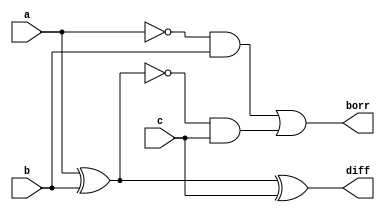
module full_sub_data(a,b,c,diff,borr);
input a,b,c;
output diff,borr;
assign diff = a ^ b ^c;
assign borr = ((~a)&b) | ((~(a^b))&c);
endmodule
/////////////////////////////////////////////////////////////////////////////////
///////// TEST BENCH ///////////////////////////////////////////////////////////
module full_sub_data_tb();
reg a,b,c;
wire diff,borr;
full_sub_data g2(a,b,c,diff,borr);
initial
	begin
		a=0;b=0;c=0;
#10	a=0;b=0;c=1;
#10	a=0;b=1;c=0;
#10	a=0;b=1;c=1;
#10	a=1;b=0;c=0;
#10	a=1;b=0;c=1;
#10	a=1;b=1;c=0;
#10	a=1;b=1;c=1;
#10	
$stop;
end
endmodule